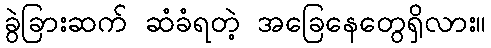
ခွဲခြားဆက် ဆံခံရတဲ့ အခြေနေတွေရှိလား။